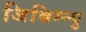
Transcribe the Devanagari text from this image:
जिबिग्न्यु